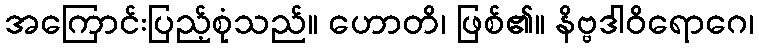
အကြောင်းပြည့်စုံသည်။ ဟောတိ၊ ဖြစ်၏။ နိဗ္ဗဒါဝိရောဂေ၊